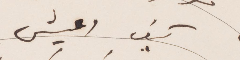
كيف أعيش